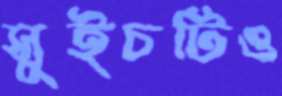
সুইচটিও